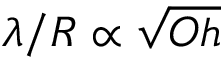
\lambda / R \propto \sqrt { O h }